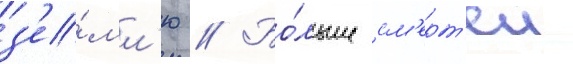
з'е́мл'ю // Бо́льше см'ерт'еи